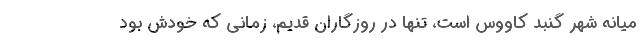
میانه شهر گنبد کاووس است، تنها در روزگاران قدیم، زمانی که خودش بود